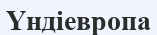
Үндіевропа